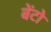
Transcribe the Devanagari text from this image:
बेंटो